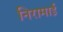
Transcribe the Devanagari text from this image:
निरामाई